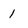
Character: 1